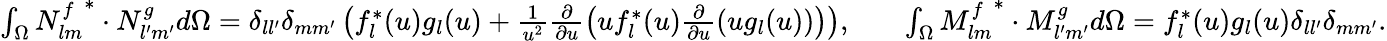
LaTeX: \begin{array}{rlr}{\int_{\Omega}{N_{lm}^{f}}^{*}\cdot N_{l^{\prime}m^{\prime}}^{g}d\Omega=\delta_{ll^{\prime}}\delta_{mm^{\prime}}\left(f_{l}^{*}(u)g_{l}(u)+\frac{1}{u^{2}}\frac{\partial}{\partial u}\left(uf_{l}^{*}(u)\frac{\partial}{\partial u}\left(ug_{l}(u)\right)\right)\right),}&{}&{\int_{\Omega}{M_{lm}^{f}}^{*}\cdot M_{l^{\prime}m^{\prime}}^{g}d\Omega=f_{l}^{*}(u)g_{l}(u)\delta_{ll^{\prime}}\delta_{mm^{\prime}}.}\end{array}